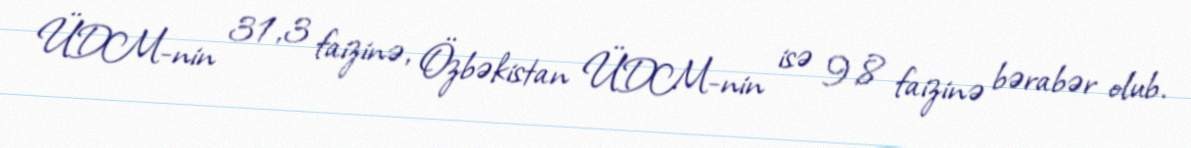
ÜDM-nin 31,3 faizinə, Özbəkistan ÜDM-nin isə 9,8 faizinə bərabər olub.